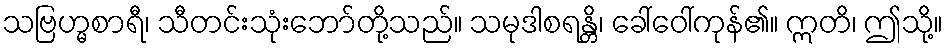
သဗြဟ္မစာရီ၊ သီတင်းသုံးဘော်တို့သည်။ သမုဒါစရန္တိ၊ ခေါ်ဝေါ်ကုန်၏။ ဣတိ၊ ဤသို့။